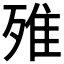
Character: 𣨫